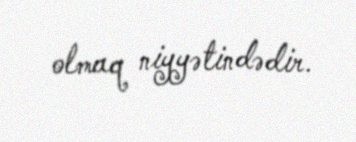
olmaq niyyətindədir.